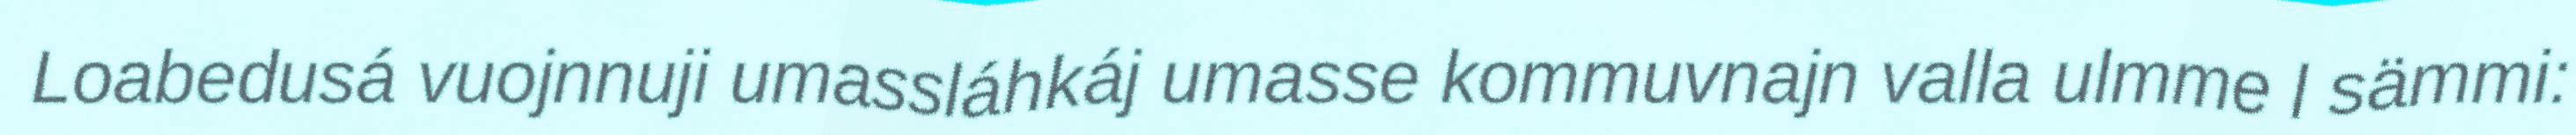
Loabedusá vuojnnuji umassláhkáj umasse kommuvnajn valla ulmme l sämmi: